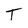
Character: T